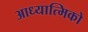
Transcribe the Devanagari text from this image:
आध्यात्मिको